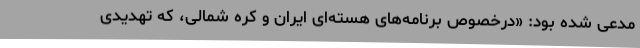
مدعی شده بود: «درخصوص برنامه‌های هسته‌ای ایران و کره شمالی، که تهدیدی